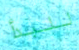
للبدأ